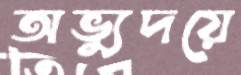
অভ্যুদয়ে